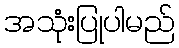
အသုံးပြုပါမည်